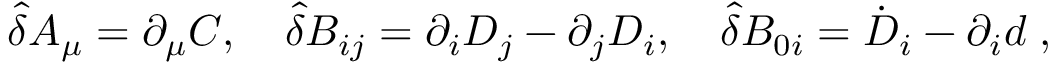
{ \hat { \delta } } A _ { \mu } = \partial _ { \mu } C , \quad { \hat { \delta } } B _ { i j } = \partial _ { i } D _ { j } - \partial _ { j } D _ { i } , \quad { \hat { \delta } } B _ { 0 i } = { \dot { D } } _ { i } - \partial _ { i } d \; ,